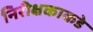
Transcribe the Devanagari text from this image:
निरीक्षकाकडे